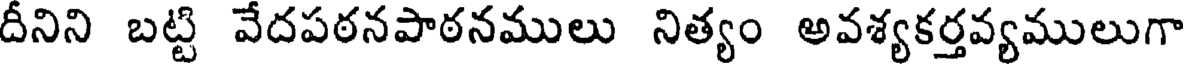
దీనిని బట్టి వేదపఠనపాఠనములు నిత్యం అవశ్యకర్తవ్యములుగా